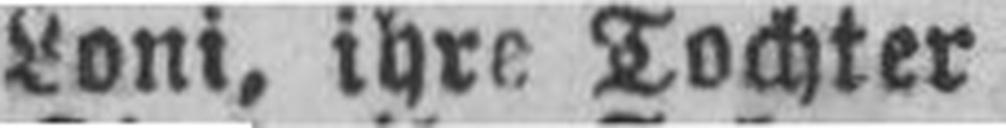
Loni, ihre Tochter